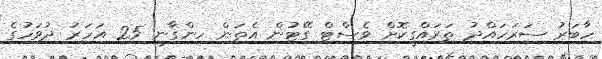
ހާބަރު ސަރަހައްދު ތަރައްގީކޮށް ވެސްޓް ގޭޓުން އެތަން ހިންގާނީ 25 އަހަރު ދުވަހުގެ